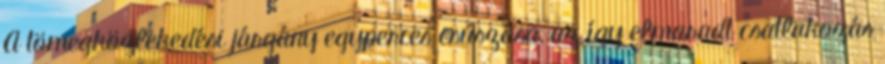
A tömegközlekedési járgány egyperces csúszása, az így elmaradt csatlakozás